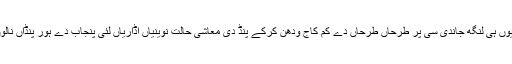
بھاویں پکّی سڑک پِنڈ دے لاگیوں ہی لنگھ جاندی سی پر طرحاں طرحاں دے کم کاج ودھن کرکے پِنڈ دی معاشی حالت نوینیاں اُڈاریاں لئی پنجاب دے ہور پِنڈاں نالوں کِتے پہلوں تیار ہو گئی سی۔